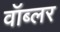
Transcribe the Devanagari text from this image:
वॉब्लर